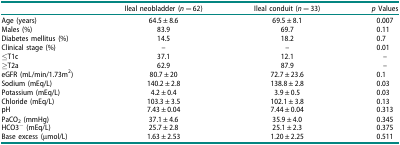
|  | Ileal neobladder (n = 62) | Ileal conduit (n = 33) | p Values |
 | --- | --- | --- | --- |
 | Age (years) | 64.5 ± 8.6 | 69.5 ± 8.1 | 0.007 |
 | Males (%) | 83.9 | 69.7 | 0.11 |
 | Diabetes mellitus (%) | 14.5 | 18.2 | 0.7 |
 | Clinical stage (%) | – | – | 0.01 |
 | ≤T1c | 37.1 | 12.1 | – |
 | ≥T2a | 62.9 | 87.9 | – |
 | eGFR (mL/min/1.73m2) | 80.7 ± 20 | 72.7 ± 23.6 | 0.1 |
 | Sodium (mEq/L) | 140.2 ± 2.8 | 138.8 ± 2.8 | 0.03 |
 | Potassium (mEq/L) | 4.2 ± 0.4 | 3.9 ± 0.5 | 0.03 |
 | Chloride (mEq/L) | 103.3 ± 3.5 | 102.1 ± 3.8 | 0.13 |
 | pH | 7.43 ± 0.04 | 7.44 ± 0.04 | 0.313 |
 | PaCO2 (mmHg) | 37.1 ± 4.6 | 35.9 ± 4.0 | 0.345 |
 | HCO3− (mEq/L) | 25.7 ± 2.8 | 25.1 ± 2.3 | 0.375 |
 | Base excess (μmol/L) | 1.63 ± 2.53 | 1.20 ± 2.25 | 0.511 |